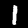
Digit: 1